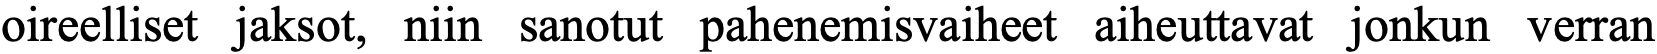
oireelliset jaksot, niin sanotut pahenemisvaiheet aiheuttavat jonkun verran